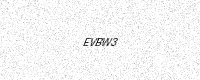
Text: EVBW3